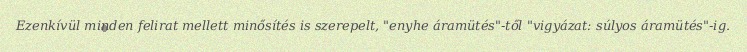
Ezenkívül minden felirat mellett minősítés is szerepelt, "enyhe áramütés"-től "vigyázat: súlyos áramütés"-ig.